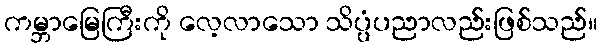
ကမ္ဘာမြေကြီးကို လေ့လာသော သိပ္ပံပညာလည်းဖြစ်သည်။